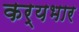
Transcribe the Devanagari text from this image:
कर्यभार